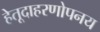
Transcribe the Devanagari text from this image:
हेतूदाहरणोपनय